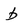
Character: b